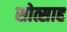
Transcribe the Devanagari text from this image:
सोत्साह